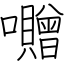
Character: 囎